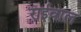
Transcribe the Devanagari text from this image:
राईवाल